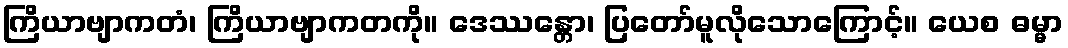
ကြိယာဗျာကတံ၊ ကြိယာဗျာကတကို။ ဒေဿန္တော၊ ပြတော်မူလိုသောကြောင့်။ ယေစ ဓမ္မာ